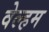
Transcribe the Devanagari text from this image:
वेल्हम